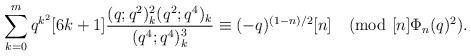
LaTeX: \begin{align*}\sum_{k=0}^{m}q^{k^2}[6k+1]\frac{(q;q^2)_k^2 (q^2;q^4)_k }{(q^4;q^4)_k^3}\equiv (-q)^{(1-n)/2}[n] \pmod{[n]\Phi_n(q)^2}.\end{align*}